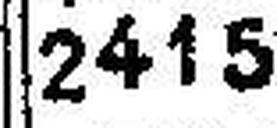
2415